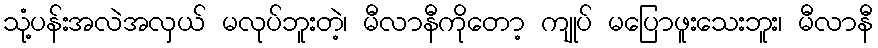
သုံ့ပန်းအလဲအလှယ် မလုပ်ဘူးတဲ့၊ မီလာနီကိုတော့ ကျုပ် မပြောဖူးသေးဘူး၊ မီလာနီ